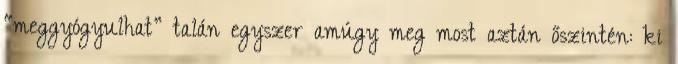
“meggyógyulhat” talán egyszer amúgy meg most aztán őszintén: ki